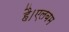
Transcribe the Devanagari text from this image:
है।एलबम